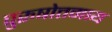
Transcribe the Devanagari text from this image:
पुरुषोत्तमाय